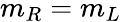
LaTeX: m_{R}=m_{L}